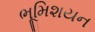
ભૂમિશયન